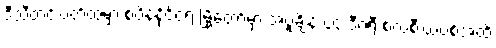
ဒီသီတင်းပတ်ထဲမှာ စပိန်နိုင်ငံရဲ့ မြို့တော်မှာ အပူချိန် ၄၄ ဒီဂရီ စဲလ်စီးယပ်စ်အထိ